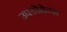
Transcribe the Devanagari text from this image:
उपडोमेन्स